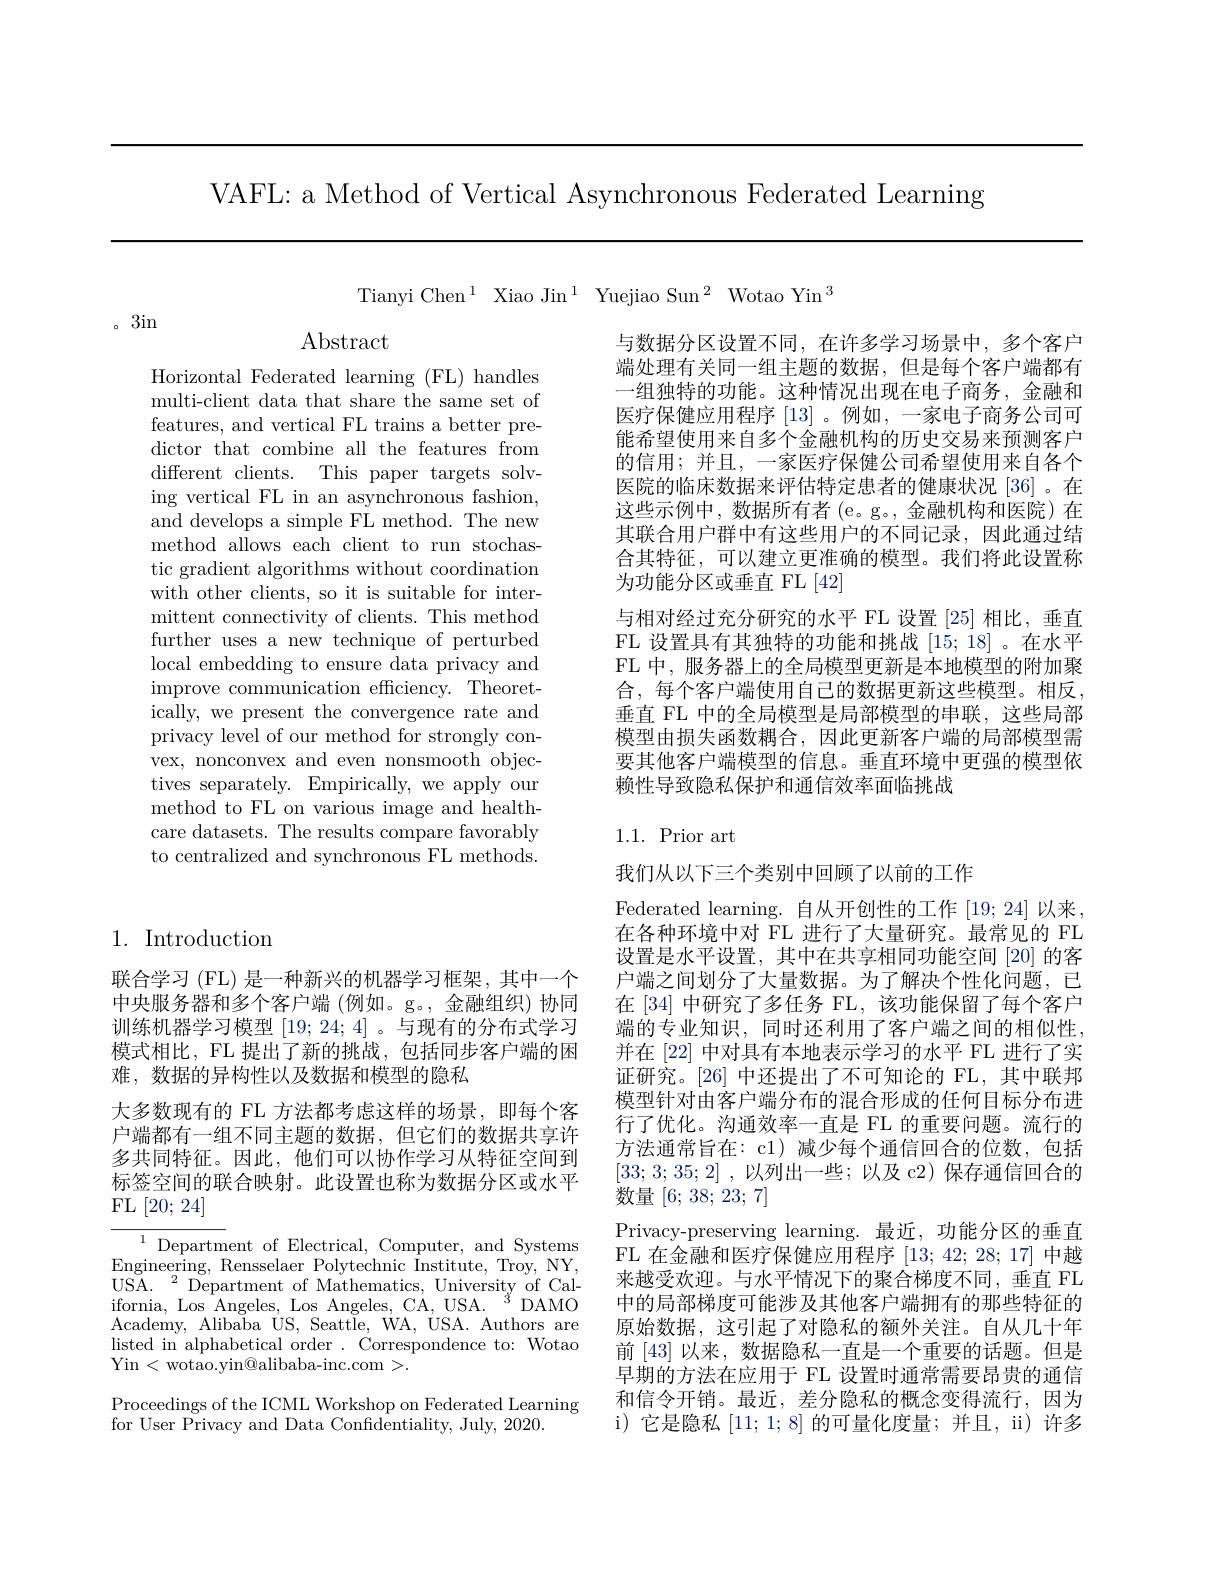
VAFL: a Method of Vertical Asynchronous Federated Learning

Tianyi Chen$^1$ Xiao Jin$^1$ Yuejiao Sun$^2$ Wotao Yin$^3$

。3in

Abstract

Horizontal Federated learning (FL) handles multi-client data that share the same set of features, and vertical FL trains a better predictor that combine all the features from different clients. This paper targets solving vertical FL in an asynchronous fashion, and develops a simple FL method. The new method allows each client to run stochastic gradient algorithms without coordination with other clients, so it is suitable for intermittent connectivity of clients. This method further uses a new technique of perturbed local embedding to ensure data privacy and improve communication efficiency. Theoretically, we present the convergence rate and privacy level of our method for strongly convex, nonconvex and even nonsmooth objectives separately. Empirically, we apply our method to FL on various image and healthcare datasets. The results compare favorably to centralized and synchronous FL methods.

1. Introduction

联合学习 (FL) 是一种新兴的机器学习框架，其中一个中央服务器和多个客户端 (例如。g。,金融组织)协同训练机器学习模型[19;24;4] 。与现有的分布式学习模式相比，FL 提出了新的挑战，包括同步客户端的困难，数据的异构性以及数据和模型的隐私
大多数现有的 FL 方法都考虑这样的场景，即每个客户端都有一组不同主题的数据，但它们的数据共享许多共同特征。因此，他们可以协作学习从特征空间到标签空间的联合映射。此设置也称为数据分区或水平FL[20;24]

${^{1}\text{Department of Electri}}$ Engineering, Rensselaer Polytechnic Institute, Troy, NY, USA.$\:^2$Department of Mathematics, University of California, Los Angeles, Los Angeles, CA, USA. $^{3}$DAMO Academy, Alibaba US, Seattle listed in alphabetical order . Correspondence to: Wotao Yin<wotao.yin@alibaba-inc.
Proceedings of the ICML Workshop on Federated Learning
for User Privacy and Data Co

与数据分区设置不同，在许多学习场景中，多个客户端处理有关同一组主题的数据，但是每个客户端都有一组独特的功能。这种情况出现在电子商务，金融和医疗保健应用程序[13] 。例如，一家电子商务公能希望使用来自多个金融机构的历史交易来预测客户的信用；并且，一家医疗保健公司希望使用来自各个医院的临床数据来评估特定患者的健康状况 [36] 。在这些示例中，数据所有者(e。g。,金融机构和医院)在其联合用户群中有这些用户的不同记录，因此通过结合其特征，可以建立更准确的模型。我们将此设置称为功能分区或垂直 FL [42]
与相对经过充分研究的水平 FL 设置 [25] 相比，垂直FL 设置具有其独特的功能和挑战[15;18] 。FL 中，服务器上的全局模型更新是本地模型的附加聚合，每个客户端使用自己的数据更新这些模型。相反， 垂直 FL 中的全局模型是局部模型的串联，这些局部模型由损失函数耦合，因此更新客户端的局部模型需要其他客户端模型的信息。垂直环境中更强的模型依赖性导致隐私保护和通信效率面临挑战

### 1.1.Prior art

我们从以下三个类别中回顾了以前的工作
Federated learning. 自从开创性的工作 [19;24] 以来， 在各种环境中对 FL 进行了大量研究。最常见的 FL 设置是水平设置，其中在共享相同功能空间 [20] 的客户端之间划分了大量数据。为了解决个性化问题，已在[34] 中研究了多任务 FL,该功能保留了每个客户端的专业知识，同时还利用了客户端之间的相似性， 并在 [22] 中对具有本地表示学习的水平 FL 进行了实证研究。[26]中还提出了不可知论的 FL,其中联邦模型针对由客户端分布的混合形成的任何目标分布进行了优化。沟通效率一直是 FL 的重要问题。流行的方法通常旨在：c1)减少每个通信回合的位数，包括[33;3;35;2] , 以列出一些；以及 c2) 保存通信回合的数量[6;38;23;7]
Privacy-preserving learning. 最近，功能分区的垂直FL 在金融和医疗保健应用程序[13;42;28;17]中越来越受欢迎。与水平情况下的聚合梯度不同，垂直 FL 中的局部梯度可能涉及其他客户端拥有的那些特征的原始数据，这引起了对隐私的额外关注。自从几十年前[43]以来，数据隐私一直是一个重要的话题。但是早期的方法在应用于 FL 设置时通常需要昂贵的通信和信令开销。最近，差分隐私的概念变得流行，因为i)它是隐私[11;1;8]的可量化度量；并且，ii) 许多